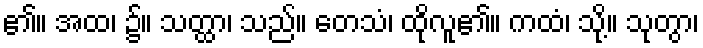
၏။ အထ၊ ၌။ သတ္ထာ၊ သည်။ တေသံ၊ ထိုလူ၏။ ကထံ၊ သို့။ သုတွာ၊